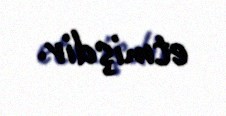
etmişdir.